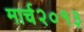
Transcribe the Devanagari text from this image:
मार्च२०१३